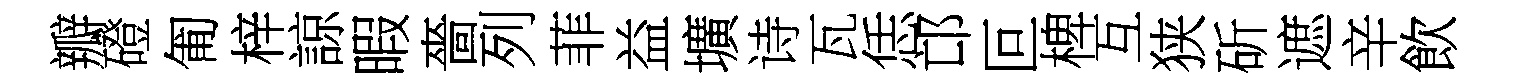
瓣磴匍梓諒暇嗇列菲益壙诗瓦恁邙叵椑互狭斫遮辛飲